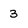
Character: 3